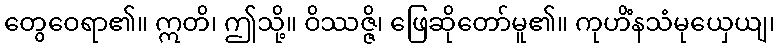
တွေဝေရာ၏။ ဣတိ၊ ဤသို့။ ဝိဿဇ္ဇိ၊ ဖြေဆိုတော်မူ၏။ ကုဟိံနသံမုယှေယျ၊